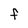
Character: f